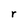
Character: r